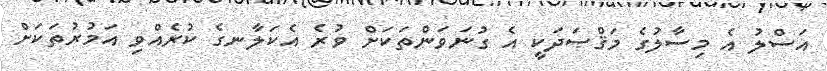
އަސްލު އެ މިސާލުގެ މަޤްޞަދަކީ އެ ގުނަވަންތަކަށް ވުރެ އެކަލާނގެ ކުރެއްވި އަމުރުތަކަށް